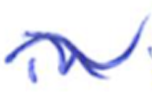
Text: in
Cross-out: wave
Writing tool: ballpoint